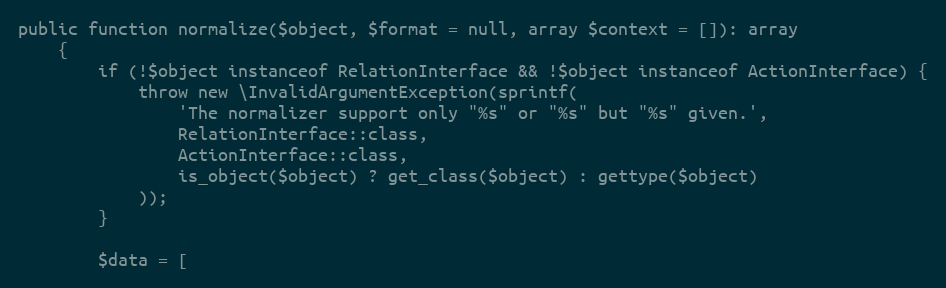
Language: PHP
public function normalize($object, $format = null, array $context = []): array
    {
        if (!$object instanceof RelationInterface && !$object instanceof ActionInterface) {
            throw new \InvalidArgumentException(sprintf(
                'The normalizer support only "%s" or "%s" but "%s" given.',
                RelationInterface::class,
                ActionInterface::class,
                is_object($object) ? get_class($object) : gettype($object)
            ));
        }

        $data = [